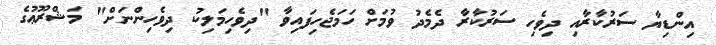
އިންޑިޔާ ސަރުކާރާއި ދިވެހި ސަރުކާރާ ދެމެދު ވުމަށް ހަމަޖެހިފައިވާ "ދިވެހިމަލިކު ދިވެހިންނަށް" މަޝްރޫޢުގެ